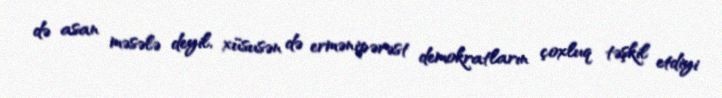
də asan məsələ deyil, xüsusən də ermənipərəst demokratların çoxluq təşkil etdiyi